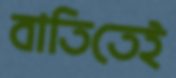
বাতিতেই